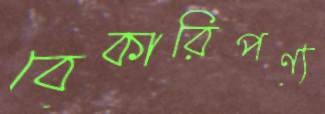
বেকারিপণ্য